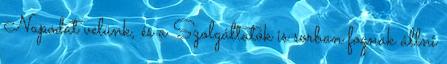
Napodat velünk, és a Szolgáltatók is sorban fognak állni